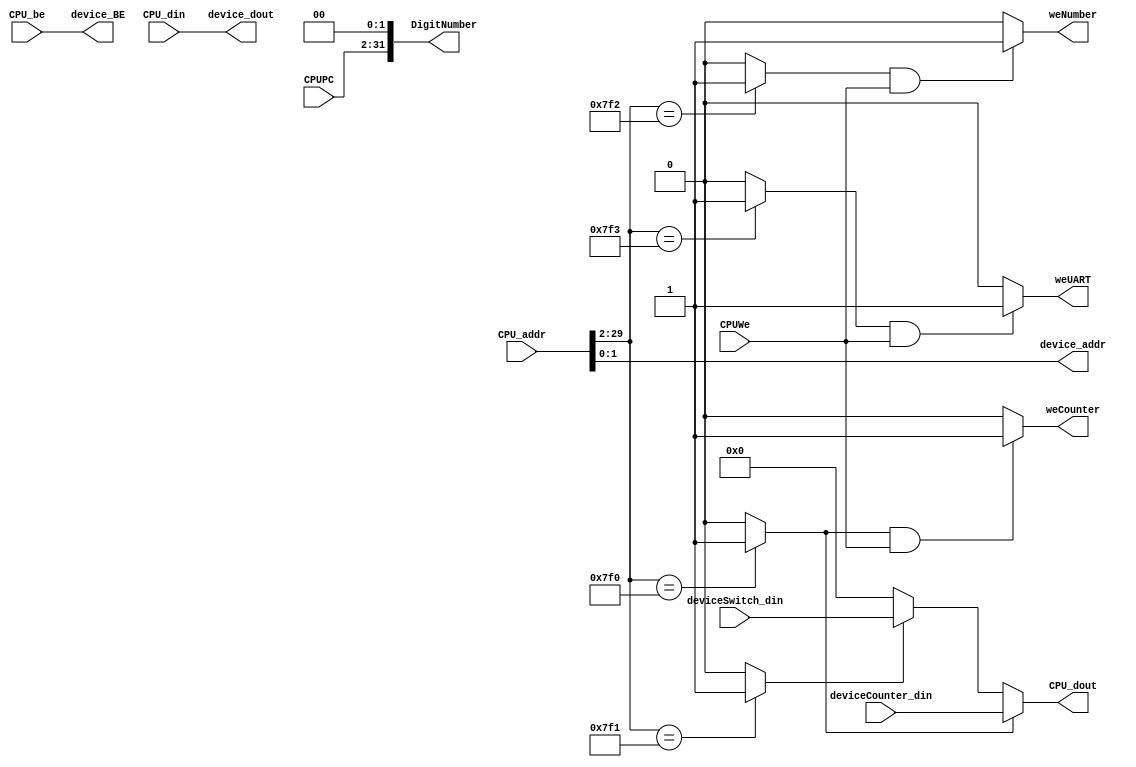

module Bridge(CPU_addr, CPU_din, CPUWe, CPU_be, CPU_dout, deviceCounter_din, 
			deviceSwitch_din, device_addr, device_dout, weCounter, weNumber, weUART, device_BE, CPUPC, DigitNumber);
    input [31:2] CPU_addr;
	input [31:0] CPU_din;
	input CPUWe;
	input [3:0] CPU_be;
	output [31:0] CPU_dout;
	
	input [31:0] deviceCounter_din;
	input [31:0] deviceSwitch_din;
	output [3:2] device_addr;
	output [31:0] device_dout;
	output [3:0] device_BE;
	output weCounter;
	output weNumber;
	output weUART;
	
	input [31:2] CPUPC;
	output [31:0] DigitNumber;
	
	wire hitCounter;
	wire hitNumber;
	wire hitSwitch;
	wire hitUART;
	
	assign device_addr = CPU_addr[3:2];
	assign device_dout = CPU_din;
	assign device_BE = CPU_be;
	assign hitCounter = (CPU_addr[31:4] == 28'h00007F0) ? 1'b1:1'b0;
	assign hitSwitch = (CPU_addr[31:4] == 28'h00007F1) ? 1'b1:1'b0;
	assign hitNumber = (CPU_addr[31:4] == 28'h00007F2) ? 1'b1:1'b0;
	assign hitUART = (CPU_addr[31:4] == 28'h00007F3) ? 1'b1:1'b0;
	
	assign CPU_dout = (hitCounter) ? deviceCounter_din : 
						(hitSwitch) ? deviceSwitch_din :
						32'd0;
						
	assign weCounter = (hitCounter && CPUWe) ? 1'b1:1'b0;
	assign weNumber = (hitNumber && CPUWe) ? 1'b1:1'b0;
	assign weUART = (hitUART && CPUWe) ? 1'b1:1'b0;
	
	assign DigitNumber={CPUPC,2'b00};
	
	
endmodule